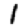
Digit: 1